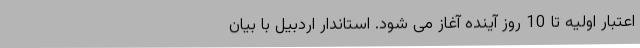
اعتبار اولیه تا 10 روز آینده آغاز می شود. استاندار اردبیل با بیان